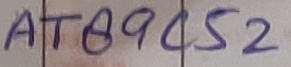
Text: AT89C52